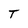
Character: T